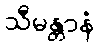
သီမန္တာနံ